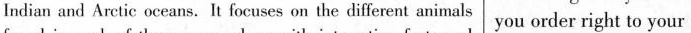
Indian and Arctic oceans. It focuses on the different animals you order right to your